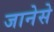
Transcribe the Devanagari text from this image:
जानेसे